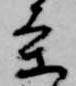
条